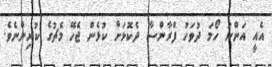
އެއީ އަންނަ ހޯމަ ދުވަހު ފްރާންސާ ދެކޮޅަށް ކުޅެން ޖެހޭ މެޗުގެ ކުރިންނެވެ.